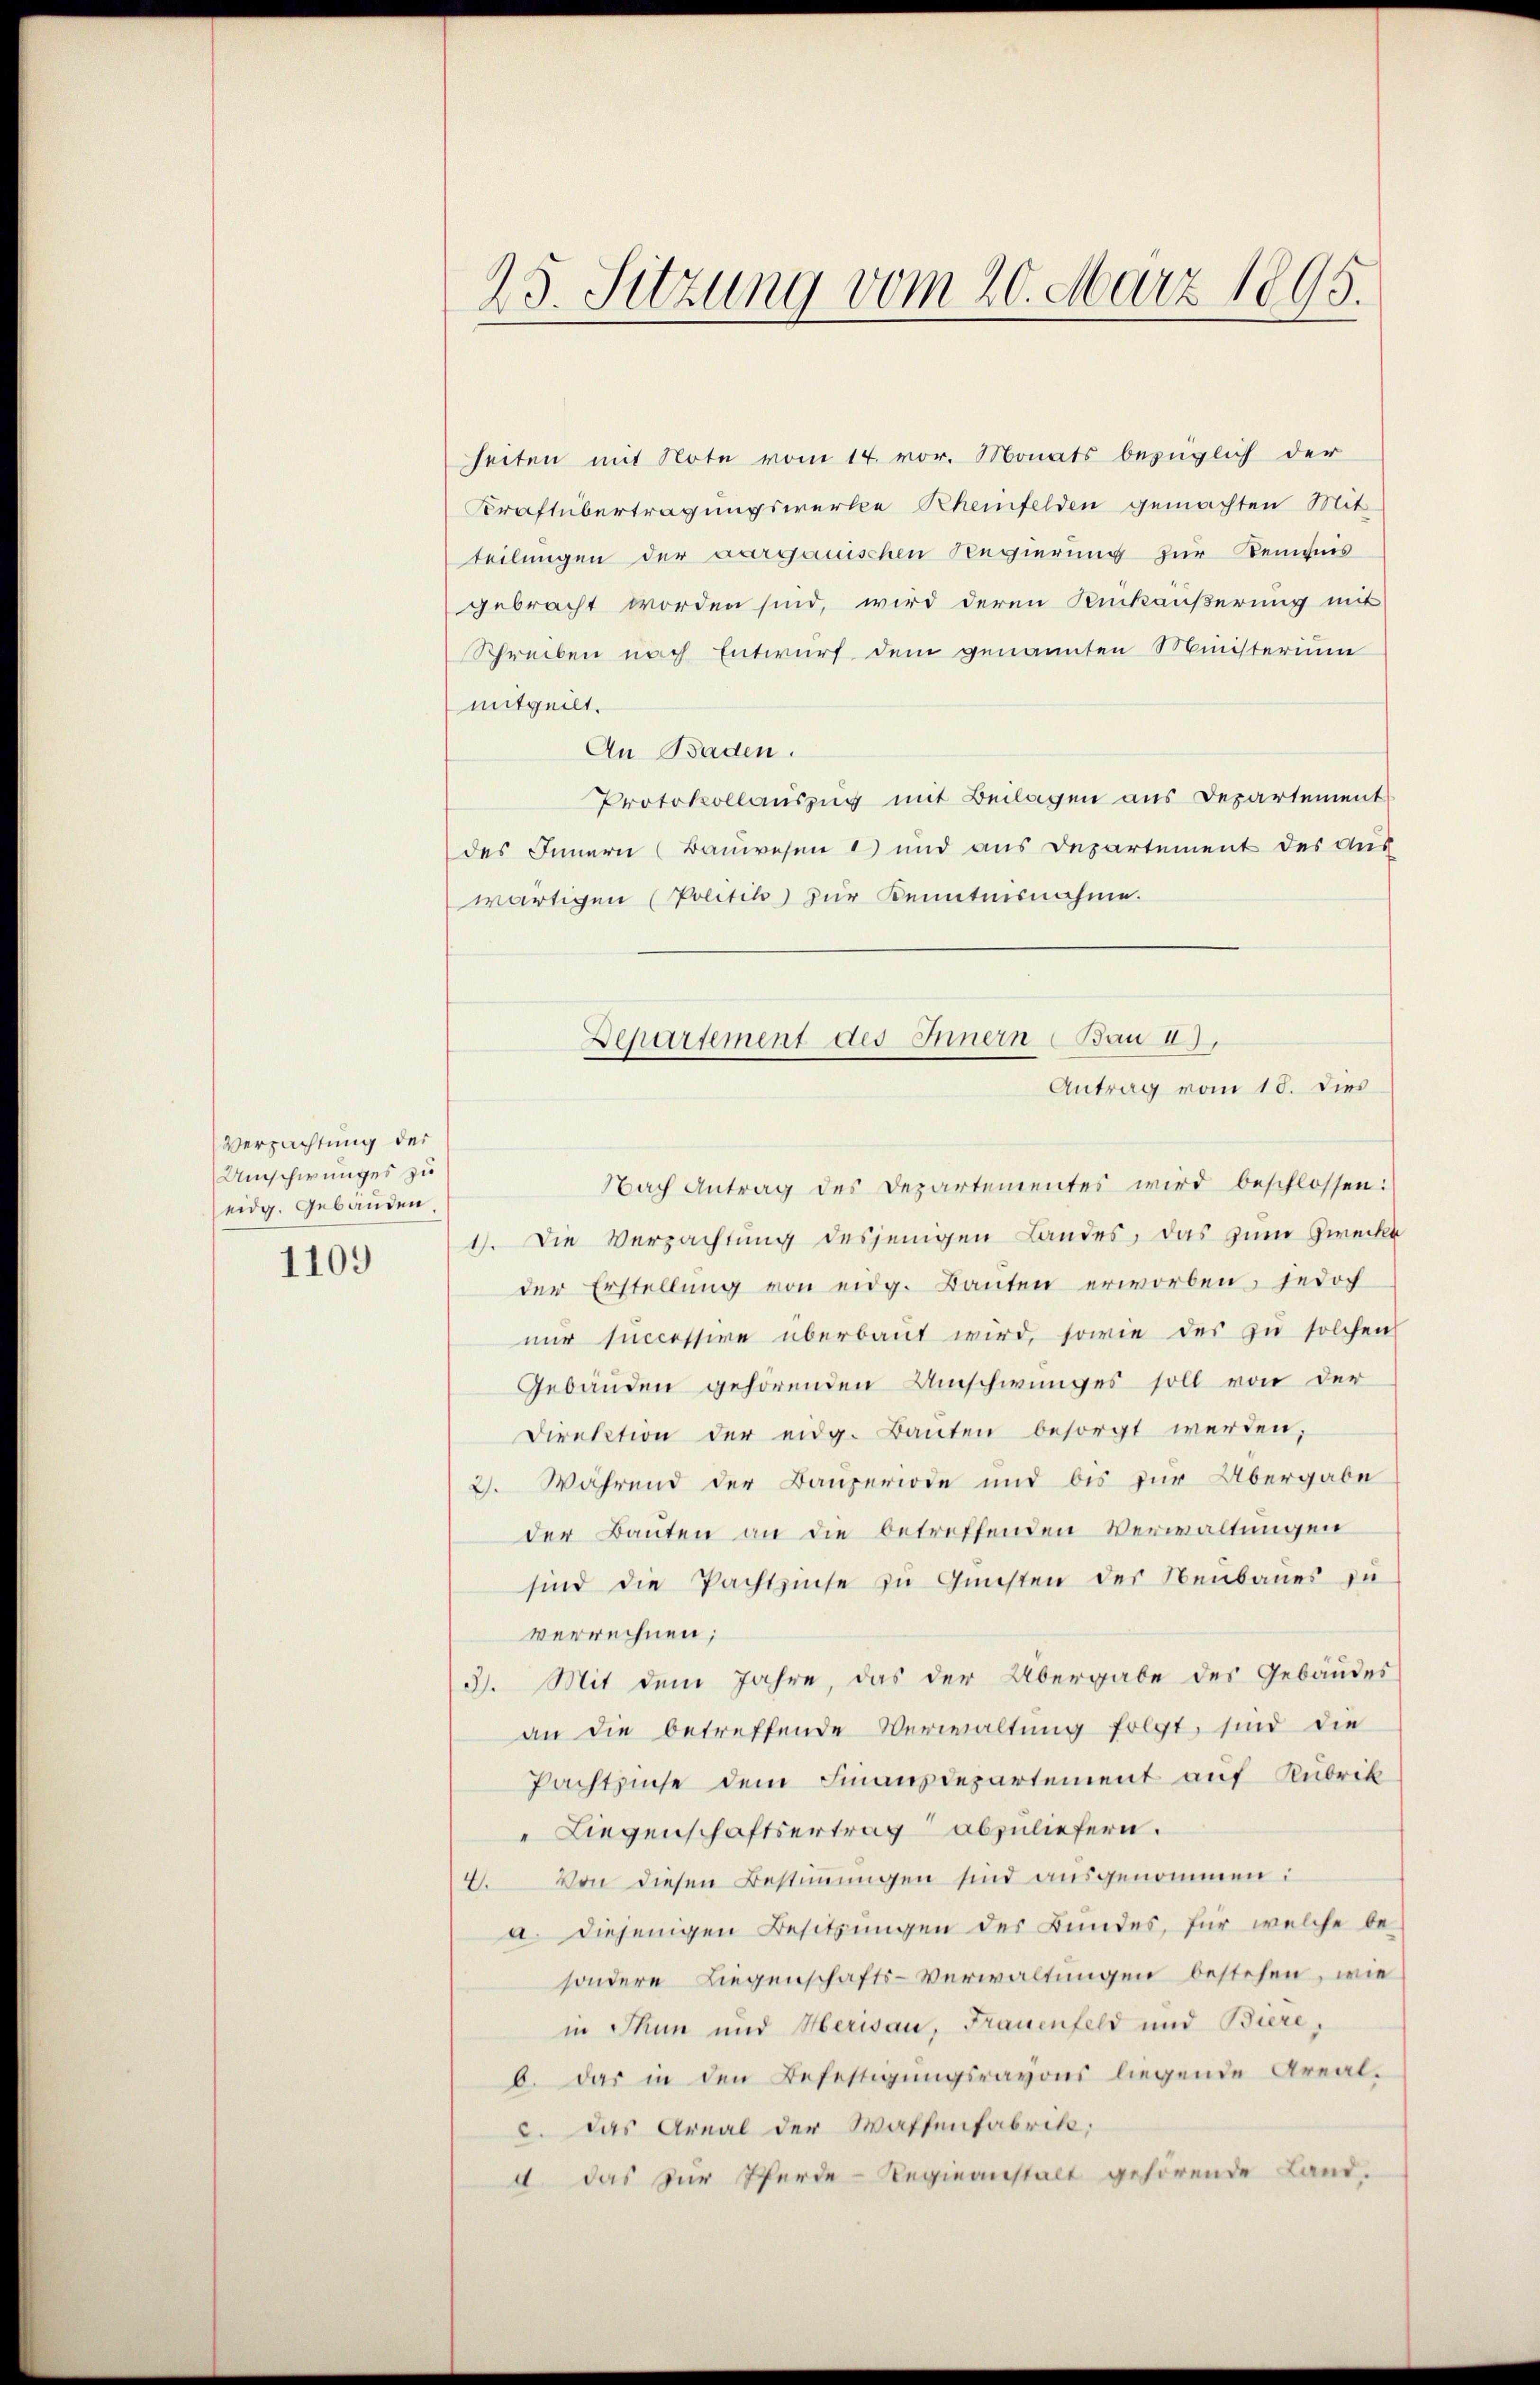
Verpachtung der
Umschwunges zu
eidg. Gebäuden
1109

23. Sitzung vom 20. März 1895.

Zeiten mit Note vom 14. vor. Monats bezüglich der
Kraftübertragungswerke Rheinfelden gemachten Mit-
teilungen der aargauischen Regierung zur Remunes
gebracht worden sind, wird deren Rückäußerung mit
Schreiben nach Entwurf dem genannten Ministerium
mitgeilt.
An Baden.
Protokollauszug mit Beilagen aus Departement
des Innern (Bauwesen a) und aus Departement des Aus
wärtigen (Politik zur Kenntnisnahme.
Nach Antrag des Departementes wird beschlossen:
1). Die Verpachtung desjenigen Landes, das zum Zwecke
der Erstellung von eidg. Banten erworben, jedoch
nŭr successire überbaut wird, sowie des zu solchen
Gebäuden gehörenden Umschwunges soll von der
Direktion der eidg. Banten besorgt werden,
2. Während der Bauperiode und bis zur Übergabe
der Bauten an die betreffenden Verwaltungen
sind die Pachtzinse zu Gunsten des Neubaues zu
verrechnen;
3. Mit dem Jahre, das der Übergabe des Gebäudes
an die betreffende Verwaltung folgt, sind die
Pachtzinse dem Finanzdepartement auf Rubrik
 Liegenschaftsertrag abzuliefern.
2. Von diesen Bestimmungen sind ausgenommen:
a. diejenigen Besitzungen des Bundes, für welche be-
sondere Liegenschafts-Verwaltungen bestehen, wie
in Thun und Merisau, Frauenfeld und Biere,
b. das in den Befestigungsrayons liegende Areal-
c. das Areal der Waffenfabrik,
a das zur Pferde-Regieanstalt gehörende Land-

Departement des Innern Bau 1),
Antrag vom 18. dies